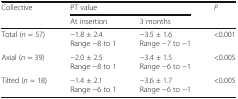
<table><thead><tr><td rowspan="2"><b>Collective</b></td><td colspan="2"><b>PT value</b></td><td rowspan="2"><b><i>P</i></b></td></tr><tr><td><b>At insertion</b></td><td><b>3 months</b></td></tr></thead><tbody><tr><td>Total (<i>n</i> = 57)</td><td>−1.8 ± 2.4Range −8 to 1</td><td>−3.5 ± 1.6Range −7 to −1</td><td>&lt;0.001</td></tr><tr><td>Axial (<i>n</i> = 39)</td><td>−2.0 ± 2.5Range −8 to 1</td><td>−3.4 ± 1.5Range −6 to −1</td><td>&lt;0.005</td></tr><tr><td>Tilted (<i>n</i> = 18)</td><td>−1.4 ± 2.1Range −6 to 1</td><td>−3.6 ± 1.7Range −6 to −1</td><td>&lt;0.005</td></tr></tbody></table>